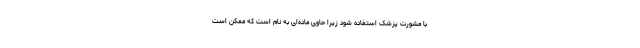
با مشورت پزشک استفاده شود زیرا حاوی ماده‌ای به نام است که ممکن است